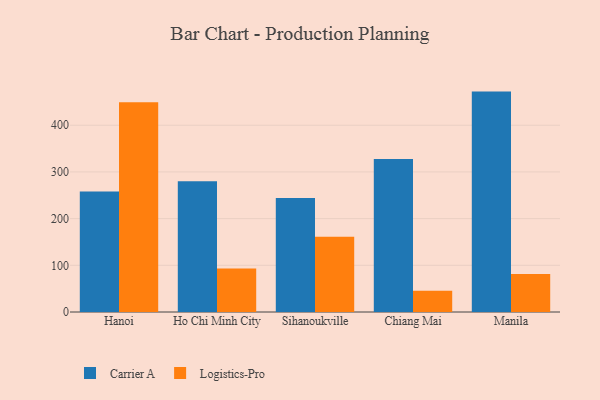
{"axis": {"x": "City", "y": "Operating Costs (USD K)"}, "legend": ["Carrier A", "Logistics-Pro"], "data": [{"x": "Hanoi", "y": 257.9, "type": "Carrier A"}, {"x": "Hanoi", "y": 449.4, "type": "Logistics-Pro"}, {"x": "Ho Chi Minh City", "y": 279.9, "type": "Carrier A"}, {"x": "Ho Chi Minh City", "y": 93.1, "type": "Logistics-Pro"}, {"x": "Sihanoukville", "y": 244.1, "type": "Carrier A"}, {"x": "Sihanoukville", "y": 161.3, "type": "Logistics-Pro"}, {"x": "Chiang Mai", "y": 327.7, "type": "Carrier A"}, {"x": "Chiang Mai", "y": 45.5, "type": "Logistics-Pro"}, {"x": "Manila", "y": 472.1, "type": "Carrier A"}, {"x": "Manila", "y": 81.2, "type": "Logistics-Pro"}]}